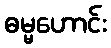
ဓမ္မဟောင်း